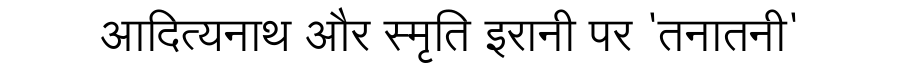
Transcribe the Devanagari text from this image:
आदित्यनाथ और स्मृति इरानी पर 'तनातनी'